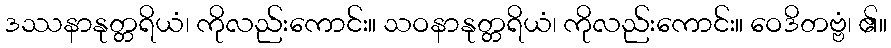
ဒဿနာနုတ္တရိယံ၊ ကိုလည်းကောင်း။ သဝနာနုတ္တရိယံ၊ ကိုလည်းကောင်း။ ဝေဒိတဗ္ဗံ၊ ၏။